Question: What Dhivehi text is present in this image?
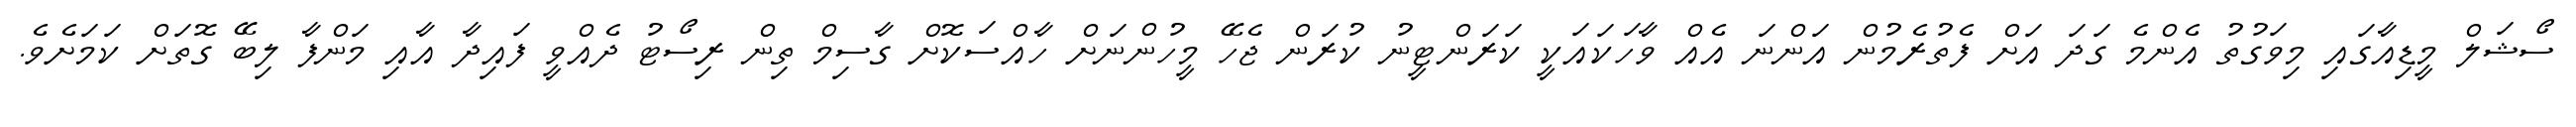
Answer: ސޯޝަލް މީޑިއާގައި މިވަގުތު އެންމެ ގަދަ އަށް ފެތުރެމުން އަންނަ އެއް ވާހަކައަކީ ކަރަންޓީނު ކުރަން ޖެހޭ މީހުންނަށް ހާއްސަކޮށް ގާސިމް ތިން ރިސޯޓު ދެއްވީ ފައިދާ އާއި މަންފާ ލިބޭ ގޮތަށް ކަމަށެވެ.